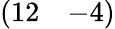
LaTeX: \left(\begin{array}{ll}{12}&{-4}\end{array}\right)